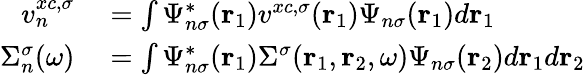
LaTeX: \begin{array}{rl}{v_{n}^{xc,\sigma}}&{{}=\int\Psi_{n\sigma}^{*}(\mathbf{r}_{1})v^{xc,\sigma}(\mathbf{r}_{1})\Psi_{n\sigma}(\mathbf{r}_{1})d\mathbf{r}_{1}}\\ {\Sigma_{n}^{\sigma}(\omega)}&{{}=\int\Psi_{n\sigma}^{*}(\mathbf{r}_{1})\Sigma^{\sigma}(\mathbf{r}_{1},\mathbf{r}_{2},\omega)\Psi_{n\sigma}(\mathbf{r}_{2})d\mathbf{r}_{1}d\mathbf{r}_{2}}\end{array}